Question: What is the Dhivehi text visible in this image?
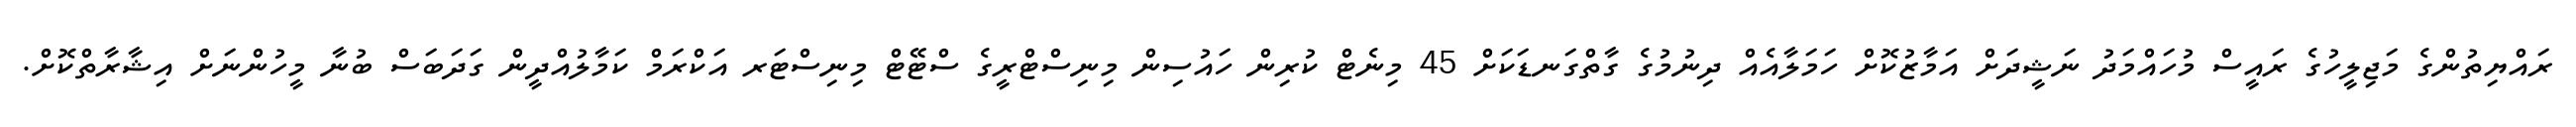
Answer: ރައްޔިތުންގެ މަޖިލީހުގެ ރައީސް މުހައްމަދު ނަޝީދަށް އަމާޒުކޮށް ހަމަލާއެއް ދިނުމުގެ ގާތްގަނޑަކަށް 45 މިނެޓް ކުރިން ހައުސިން މިނިސްޓްރީގެ ސްޓޭޓް މިނިސްޓަރ އަކްރަމް ކަމާލުއްދީން ގަދަބަސް ބުނާ މީހުންނަށް އިޝާރާތްކޮށް.